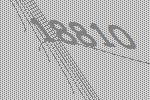
18810